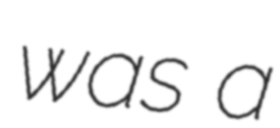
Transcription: was a